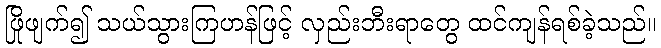
ဖြိုဖျက်၍ သယ်သွားကြဟန်ဖြင့် လှည်းဘီးရာတွေ ထင်ကျန်ရစ်ခဲ့သည်။